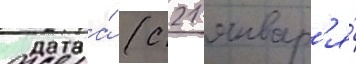
Жена́ (с 21 январ'я́